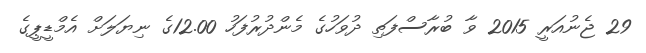
29 ޖެނުއަރީ 2015 ވާ ބުރާސްފަތި ދުވަހުގެ މެންދުރުފަހު 12.00ގެ ނިޔަލަށް އެމްޑީޕީގެ